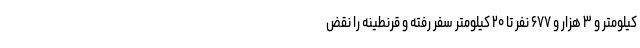
کیلومتر و ۳ هزار و ۶۷۷ نفر تا ۲۰ کیلومتر سفر رفته و قرنطینه را نقض